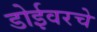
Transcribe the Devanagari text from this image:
डोईवरचे